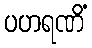
ပဟရဏိံ